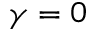
\gamma = 0